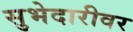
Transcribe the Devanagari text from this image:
सुभेदारीवर